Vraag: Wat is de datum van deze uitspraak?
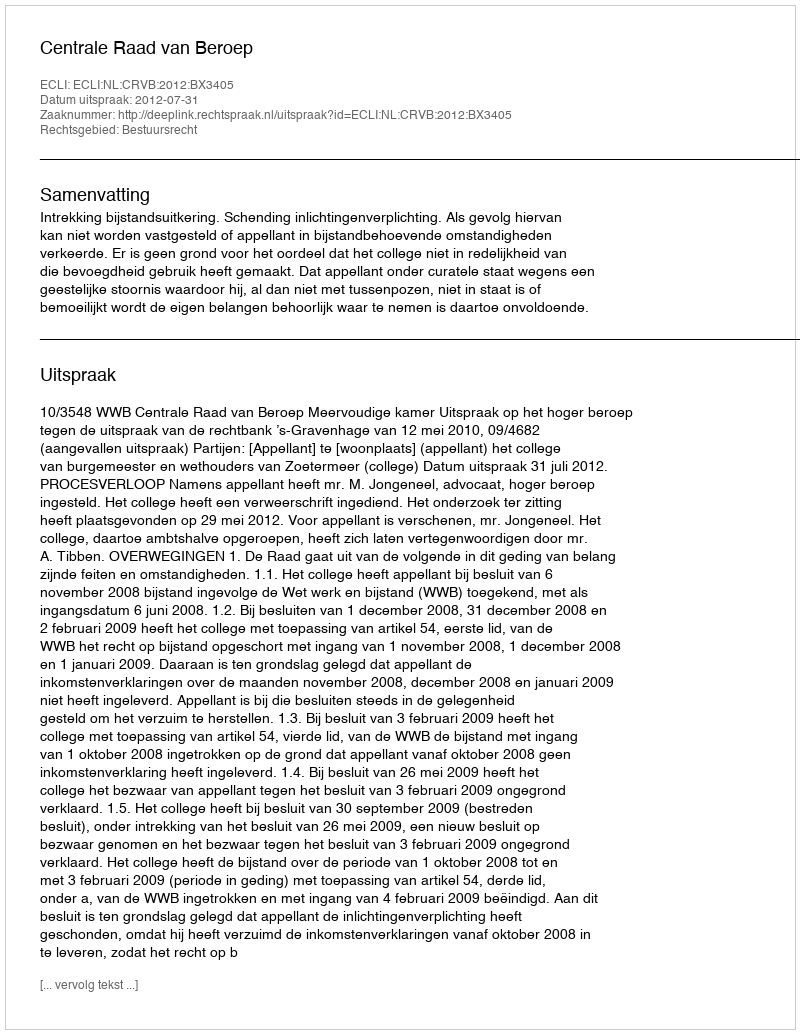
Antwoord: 2012-07-31